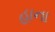
હાના